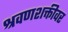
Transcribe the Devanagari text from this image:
श्रवणशक्तीवर